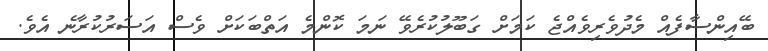
ބޭއިންސާފެއް މެދުވެރިވެއްޖެ ކަމަށް ގަބޫލުކުރެވޭ ނަމަ ކޮންމެ އަތްބަކަށް ވެސް އަސަރުކުރާނެ އެވެ.